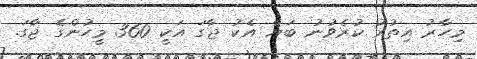
މިހާރު އިތުރު ކުރެވުނު ބަޔާ އެކު ޖާގަ އަކީ 360 މީހުންގެ ޖާގަ.